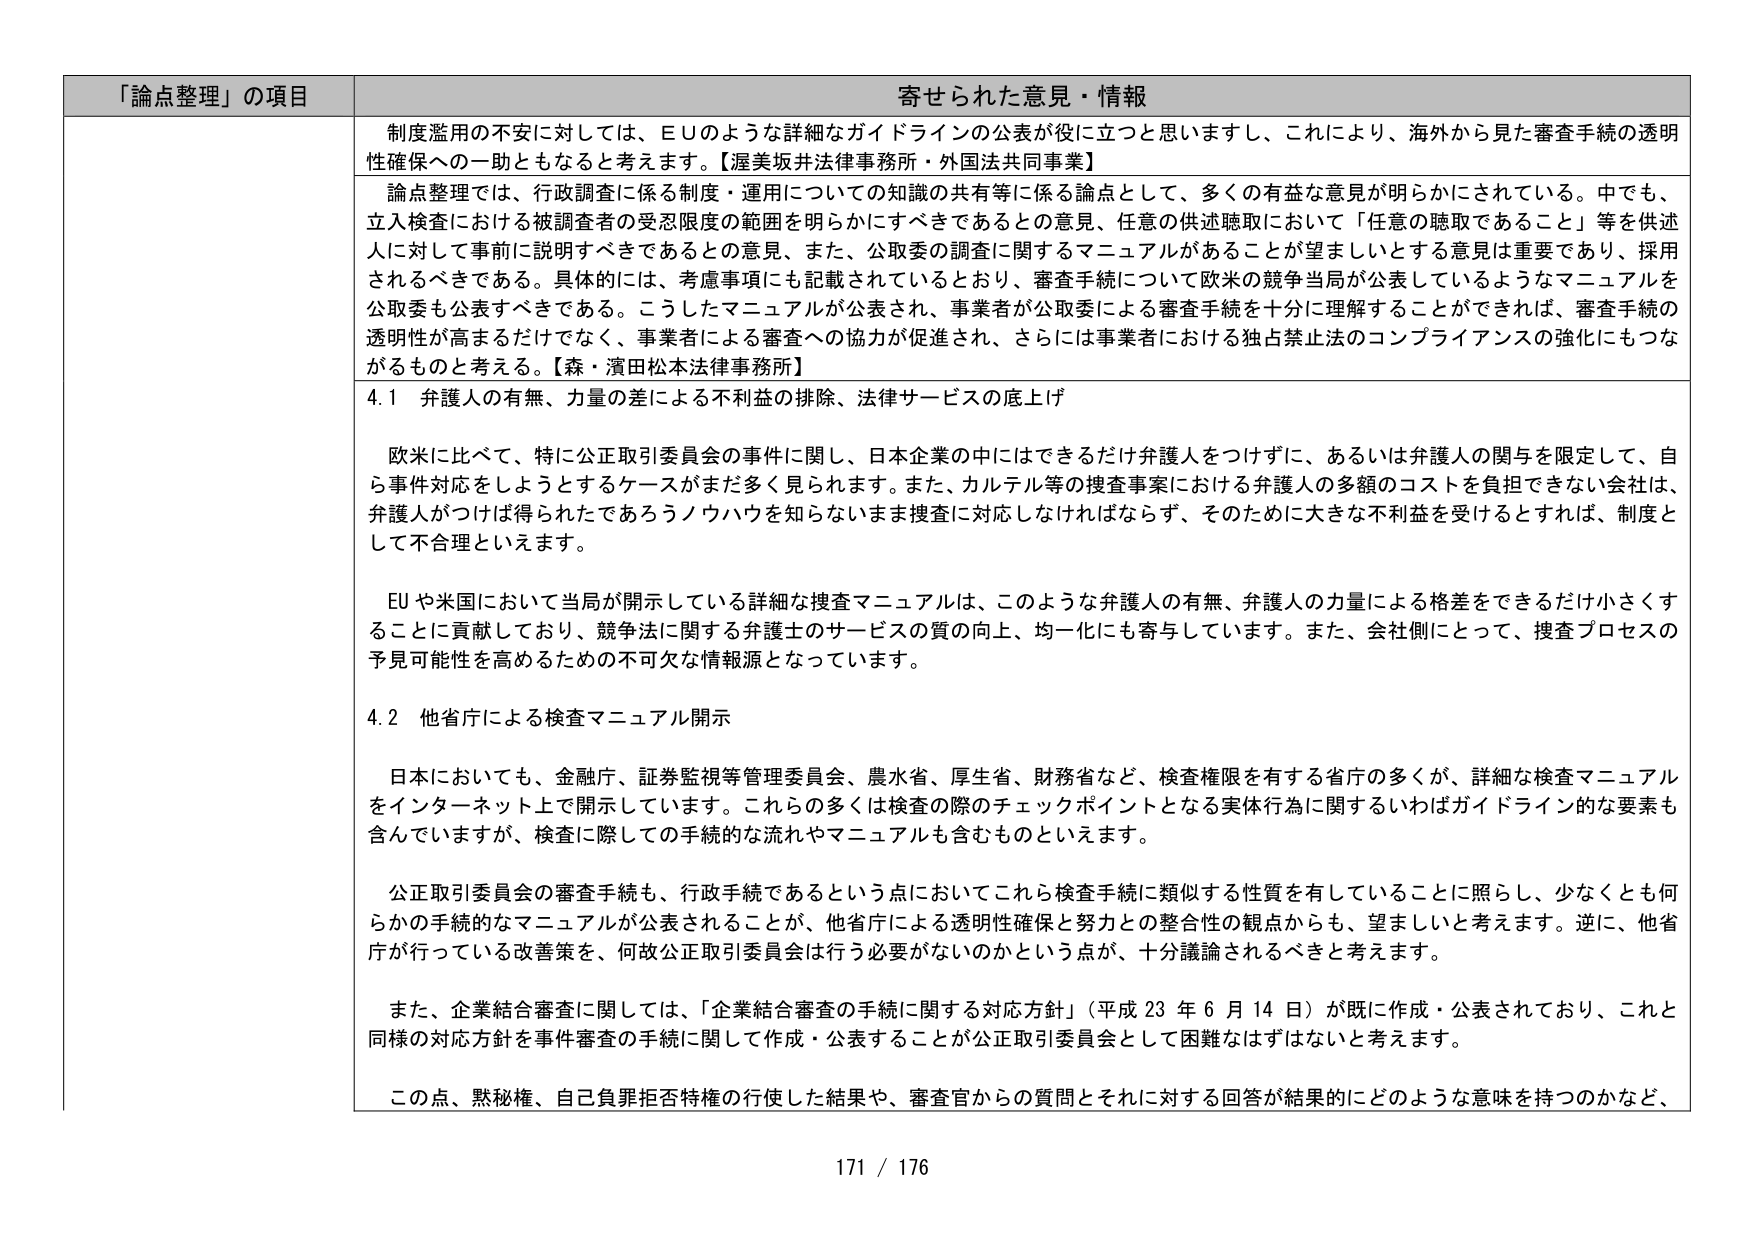
「論点整理」の項目 寄せられた意見・情報

制度濫用の不安に対しては、ＥＵのような詳細なガイドラインの公表が役に立つと思いますし、これにより、海外から見た審査手続の透明性確保への一助ともなると考えます。【渥美坂井法律事務所・外国法共同事業】

論点整理では、行政調査に係る制度・運用についての知識の共有等に係る論点として、多くの有益な意見が明らかにされている。中でも、立入検査における被調査者の受忍限度の範囲を明らかにすべきであるとの意見、任意の供述聴取において「任意の聴取であること」等を供述人に対して事前に説明すべきであるとの意見、また、公取委の調査に関するマニュアルがあることが望ましいとする意見は重要であり、採用されるべきである。具体的には、考慮事項にも記載されているとおり、審査手続について欧米の競争当局が公表しているようなマニュアルを公取委も公表すべきである。こうしたマニュアルが公表され、事業者が公取委による審査手続を十分に理解することができれば、審査手続の透明性が高まるだけでなく、事業者による審査への協力が促進され、さらには事業者における独占禁止法のコンプライアンスの強化にもつながるものと考える。【森・濱田松本法律事務所】

4.1 弁護人の有無、力量の差による不利益の排除、法律サービスの底上げ

欧米に比べて、特に公正取引委員会の事件に関し、日本企業の中にはできるだけ弁護人をつけずに、あるいは弁護人の関与を限定して、自ら事件対応をしようとするケースがまだ多く見られます。また、カルテル等の捜査事案における弁護人の多額のコストを負担できない会社は、弁護人がつけば得られたであろうノウハウを知らないまま捜査に対応しなければならず、そのために大きな不利益を受けますとすれば、制度として不合理といえます。

EUや米国において当局が開示している詳細な捜査マニュアルは、このような弁護人の有無、弁護人の力量による格差をできるだけ小さくすることに貢献しており、競争法に関する弁護士のサービスの質の向上、均一化にも寄与しています。また、会社側にとって、捜査プロセスの予見可能性を高めるための不可欠な情報源となっています。

4.2 他省庁による検査マニュアル開示

日本においても、金融庁、証券監視等管理委員会、農水省、厚生省、財務省など、検査権限を有する省庁の多くが、詳細な検査マニュアルをインターネット上で開示しています。これらの多くは検査の際のチェックポイントとなる実体行為に関するいわばガイドライン的な要素も含んでいますが、検査に際しての手続的な流れやマニュアルも含むものといえます。

公正取引委員会の審査手続も、行政手続であるという点においてこれら検査手続に類似する性質を有していることに照らし、少なくとも何らかの手続的なマニュアルが公表されることが、他省庁による透明性確保と努力との整合性の観点からも、望ましいと考えます。逆に、他省庁が行っている改善策を、何故公正取引委員会は行う必要がないのかという点が、十分議論されるべきと考えます。

また、企業結合審査に関しては、「企業結合審査の手続に関する対応方針」（平成23年6月14日）が既に作成・公表されており、これと同様の対応方針を事件審査の手続に関して作成・公表することが公正取引委員会として困難なはずはないと考えます。

この点、黙秘権、自己負罪拒否特権の行使した結果や、審査官からの質問とそれに対する回答が結果的にどのような意味を持つのかなど、

171 / 176